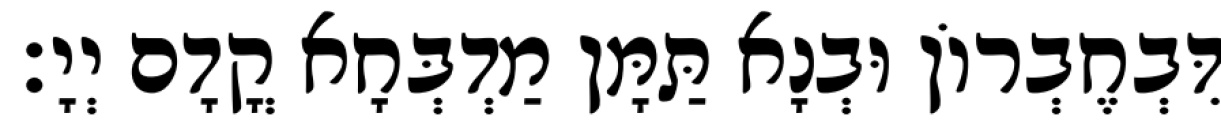
דִּבְחֶבְרוֹן וּבְנָא תַּמָּן מַדְבְּחָא קֳדָם יְיָ׃